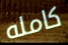
كامله